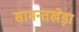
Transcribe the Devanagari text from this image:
सामन्तखेड़ा